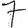
Digit: 7